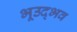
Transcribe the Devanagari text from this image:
भूउद्भव